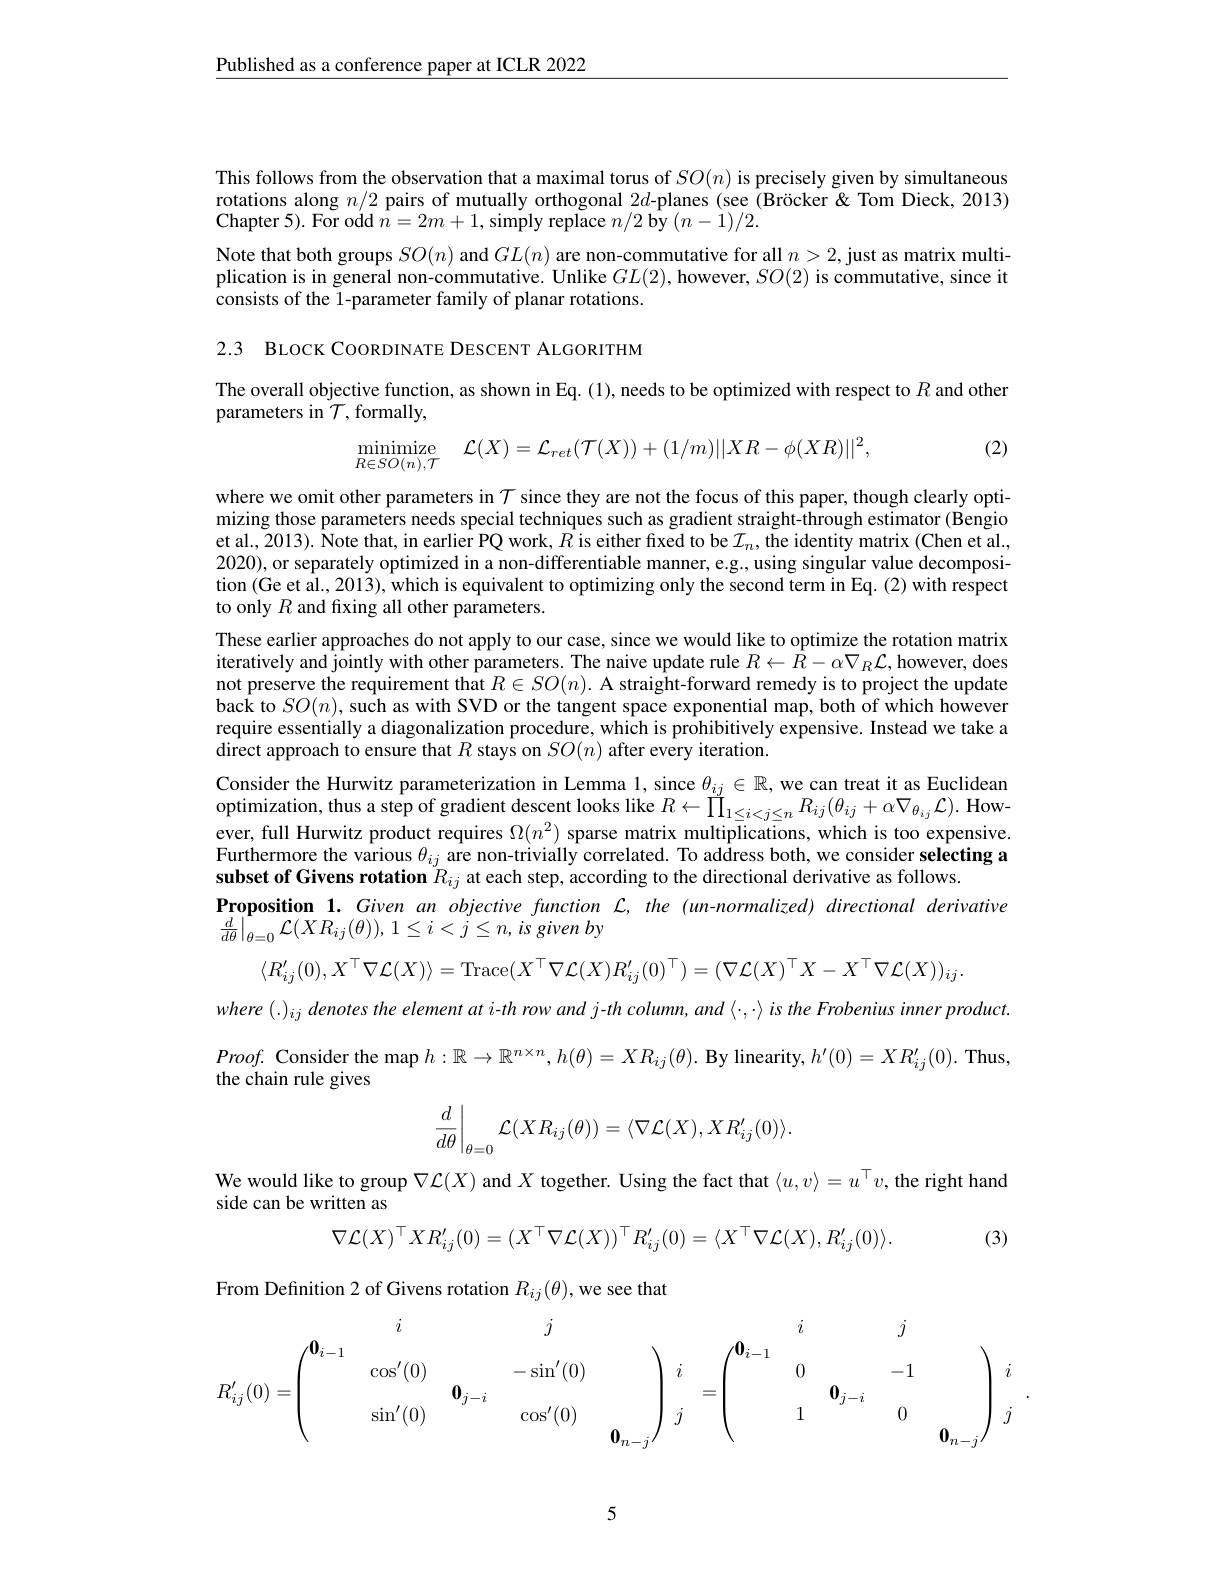
$\underline{\text{Published as a conference paper at ICLR 2022}}$

This follows from the observation that a maximal torus of $SO(n)$ is precisely given by simultaneous rotations along $n/2$ pairs of mutually orthogonal 2$d$-planes (see (Bröcker & Tom Dieck, 2013) Chapter 5) . For odd $\hat{n} = 2m+ 1$,simply replace $n/ 2$ bjy $( n- 1) / 2.$

Note that both groups $SO(n)$ and $GL(n)$ are non-commutative for all $n>2$,just as matrix multiplication is in general non-commutative. Unlike $GL(2)$, however, $SO(2)$ is commutative, since it consists of the 1-parameter family of planar rotations.

2.3 BLOCK COORDINATE DESCENT ALGORITHM

The overall objective function, as shown in Eq. (1), needs to be optimized with respect to $R$ and other

parameters in $\mathcal{T}$,formally,

(2)
$$\underset{R\in SO(n),\mathcal{T}}{\text{minimize}}\quad\mathcal{L}(X)=\mathcal{L}_{ret}(\mathcal{T}(X))+(1/m)||XR-\phi(XR)||^2,$$
where we omit other parameters in $\mathcal{T}$ since they are not the focus of this paper, though clearly optimizing those parameters needs special techniques such as gradient straight-through estimator (Bengio et al., 2013). ÎNote that, in earlier PQ work, $\hat{R}$ is either fixed to be $\mathcal{I}_n$, the identity matrix (Chen et al. 2020),or separately optimized in a non-differentiable manner, e.g., using singular value decomposition (Ge et al., 2013), which is equivalent to optimizing only the second term in Eq. (2) with respect to only $R$ and fixing all other parameters.
These earlier approaches do not apply to our case, since we would like to optimize the rotation matrix iteratively and jointly with other parameters. The naive update rule $R\leftarrow\bar{R}-\alpha\nabla_R\mathcal{L}$,however, does not preserve the requirement that $R\in SO(n).$ A straight-forward remedy is to project the update back to $SO(n)$,such as with SVD or the tangent space exponential map, both of which however require essentially a diagonalization procedure, which is prohibitively expensive. Instead we take a $\hat{\text{direct approach to ensure that }R}\hat{\text{ stays on }SO}(n)\hat{\text{ after every iteration.}}$
Consider the Hurwitz parameterization in Lemma l, since $\theta_{ij}\in\mathbb{R}$, we can treat it as Euclidean $\hat {\text{optimization, thus a step of gradient descent looks like }R}\leftarrow \tilde{\Pi } _{1\leq i< j\leq n}R_{ij}( \theta _{ij}+ \alpha \nabla _{\theta _{ij}}\mathcal{L} ) .$However, full Hurwitz product requires $\Omega(n^2)$ sparse matrix multiplications, which is too expensive. Furthermore the various $\theta_ij$ are non-trivially correlated. To address both, we consider selecting a subset of Givens rotation $R_{ij}$ at each step, according to the directional derivative as follows.
Proposition $1. \textit{Given an objective function L, the ( un- normalized) directional derivative}$
$\left . \frac d{d\theta }\right | _{\theta = 0}\mathcal{L} ( XR_{ij}( \theta ) ) $, $1\leq i< j\leq n$, $is$ given $by$
$$\langle R_{ij}'(0),X^\top\nabla\mathcal{L}(X)\rangle=\mathrm{Trace}(X^\top\nabla\mathcal{L}(X)R_{ij}'(0)^\top)=(\nabla\mathcal{L}(X)^\top X-X^\top\nabla\mathcal{L}(X))_{ij}.$$
where $(.)_{ij}$ denotes the element at i-th row and j-th column, and $\langle\cdot,\cdot\rangle$ is the Frobenius inner product. $Proof.$ Consider the map $h: \mathbb{R} \to \mathbb{R} ^{n\times n}, h( \theta ) = XR_{ij}( \theta ) . \textbf{ By linearity}, h^{\prime }( 0) = XR_{ij}^{\prime }( 0) .$ Thus, the chain rule gives
$$\left.\frac{d}{d\theta}\right|_{\theta=0}\mathcal{L}(XR_{ij}(\theta))=\langle\nabla\mathcal{L}(X),XR_{ij}'(0)\rangle.$$
We would like to group $\nabla\mathcal{L}(X)$ and $X$ together. Using the fact that $\langle u,v\rangle=u^\top v$, the right hand
side can be written as
$$\nabla\mathcal{L}(X)^\top XR_{ij}^{\prime}(0)=(X^\top\nabla\mathcal{L}(X))^\top R_{ij}^{\prime}(0)=\langle X^\top\nabla\mathcal{L}(X),R_{ij}^{\prime}(0)\rangle.$$
(3)

From Definition 2 of Givens rotation $R_ij(\theta)$,we see that
$$R_{ij}'(0)=\begin{pmatrix}&i&&j&&i&&j\\&\cos'(0)&&&-\sin'(0)\\&&&\mathbf{0}_{j-i}&&&\\&&\sin'(0)&&\cos'(0)&&\\&&&&&\mathbf{0}_{n-j}\end{pmatrix}\begin{array}{cccc}i&&&i&&j\\&0&&-1\\&&&\mathbf{0}_{j-i}&&\\&&1&&0&\\&&&&&\mathbf{0}_{n-j}\end{array}\begin{array}{ccccc}i&&i&&j\\&0&&-1\\&1&&0&\\&&&&&\mathbf{0}_{n-j}\end{array}\begin{array}{ccccccccccccccccccccccccccccccccccccccccccccccccccccccccccccccccccccccccccccccccccccccccccccccccccccccccccccccccccccccccccccccccccccccccccccccccccccccccccccccccccccccccccccccccccccccccccccccccccccccccccccccccccccccccccccccccccccccccccccccccccccccccccccccccccccccccccccccccccccccccccccccccccccccccccccccccccccccccccccccccccccccccccccccccccccccccccccccccccccccccccccccccccccccccccccccccccccccccccccccccccccccccccccccccccccccccccccccccccccccccccccccccccccccccccccccccccccccccccccccccccccccccccccccccccccccccccccccccccccccccccccccccccccccccccccccccccccccccccccccccccccccccccccccccccccccccccccccccccccccccccccccccccccccccccccccccccccccccccccccccccccccccccccccccccccccccccccccccccccccccccccccccccccccccccccccccccccccccccccccccccccccccccccccccccccccccccccccccccccccccccccccccccccccccccccccccccccccccccccccccccccccccccccccccccccccccc$$
5